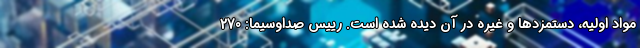
مواد اولیه، دستمزدها و غیره در آن دیده شده است. رییس صداوسیما: 270